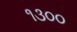
૧૩૦૦